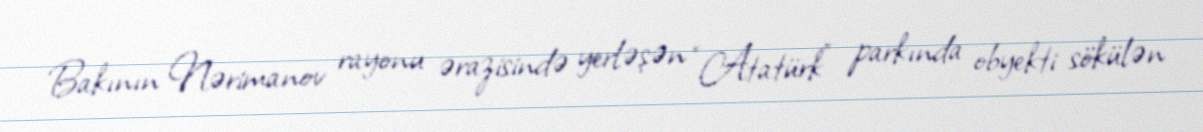
Bakının Nərimanov rayonu ərazisində yerləşən “Atatürk” parkında obyekti sökülən